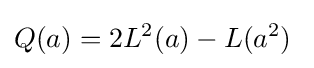
Q(a)=2L^{2}(a)-L(a^{2})\